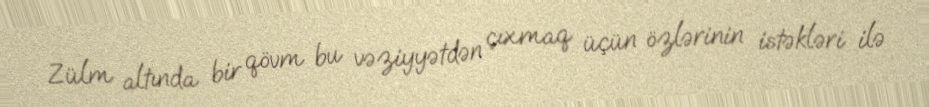
Zülm altında bir qövm bu vəziyyətdən çıxmaq üçün özlərinin istəkləri ilə